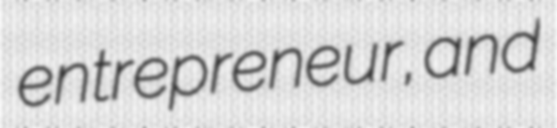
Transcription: entrepreneur, and